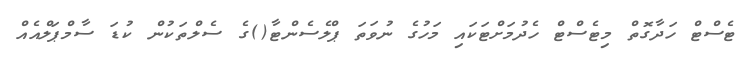
ޓެސްޓް ހަދާގޮތް މިޓެސްޓް ހެދުމަށްޓަކައި މަހުގެ ނުވަތަ ޕްލެސެންޓާ()ގެ ސެލްތަކުން ކުޑަ ސާމްޕަލްއެއް